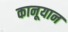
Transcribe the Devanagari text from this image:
कानूयान